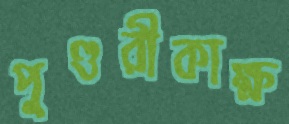
পুণ্ডরীকাক্ষ